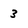
Character: 3